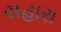
સહારા